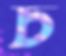
চ